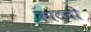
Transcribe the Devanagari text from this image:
कांटची